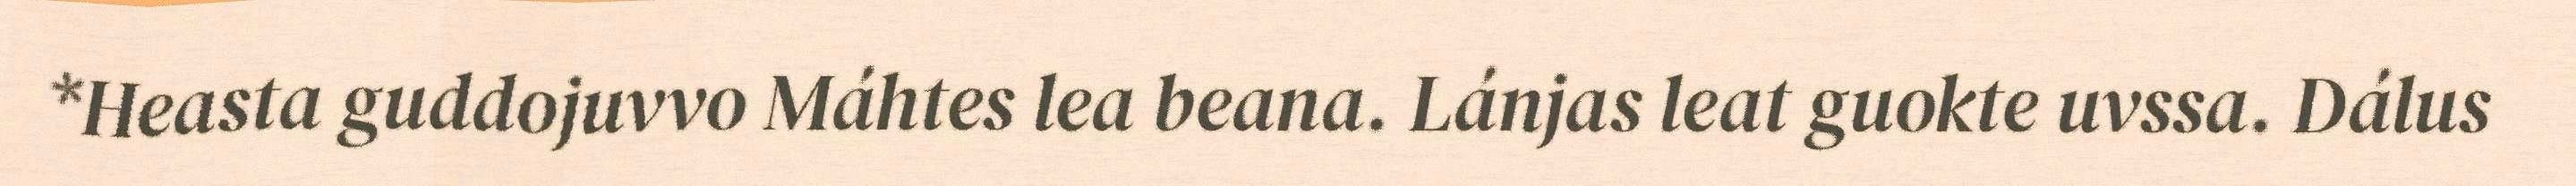
*Heasta guddojuvvo Máhtes lea beana. Lánjas leat guokte uvssa. Dálus